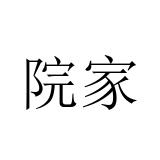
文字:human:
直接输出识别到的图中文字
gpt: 院家